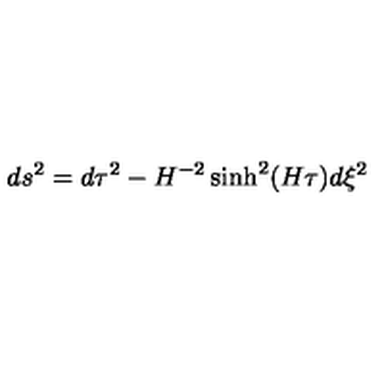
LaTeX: d s ^ { 2 } = d \tau ^ { 2 } - H ^ { - 2 } \sinh ^ { 2 } ( H \tau ) d \xi ^ { 2 }